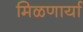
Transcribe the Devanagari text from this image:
मिळणार्या